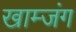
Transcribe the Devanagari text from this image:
खाम्जंग